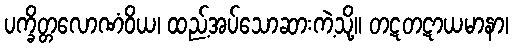
ပက္ခိတ္တလောဏံဝိယ၊ ထည့်အပ်သောဆားကဲ့သို့။ တဋတဋာယမာနာ၊